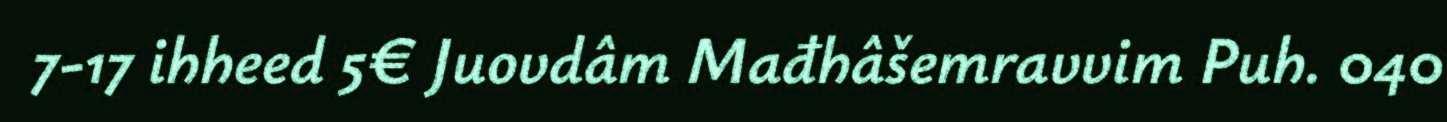
7-17 ihheed 5€ Juovdâm Mađhâšemravvim Puh. 040